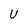
Character: U